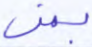
بمن